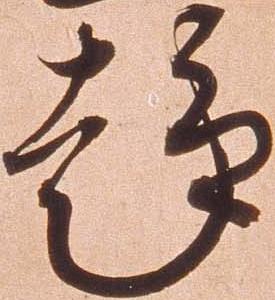
趣